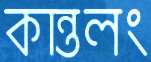
কান্তলং